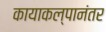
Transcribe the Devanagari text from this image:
कायाकल्पानंतर